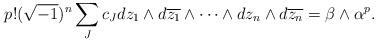
LaTeX: \begin{align*}p!(\sqrt{-1})^n\sum_{J} c_{J} dz_{1}\wedge d\overline{z_1}\wedge\cdots\wedge dz_{n}\wedge d\overline{z_n} = \beta \wedge \alpha^p.\end{align*}